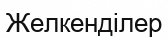
Желкенділер